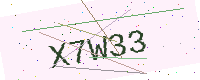
Text: X7W33